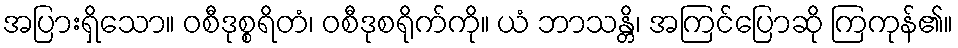
အပြားရှိသော။ ဝစီဒုစ္စရိတံ၊ ဝစီဒုစရိုက်ကို။ ယံ ဘာသန္တိ၊ အကြင်ပြောဆို ကြကုန်၏။